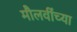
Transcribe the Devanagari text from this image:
मौलवींच्या